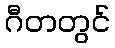
ဂီတတွင်